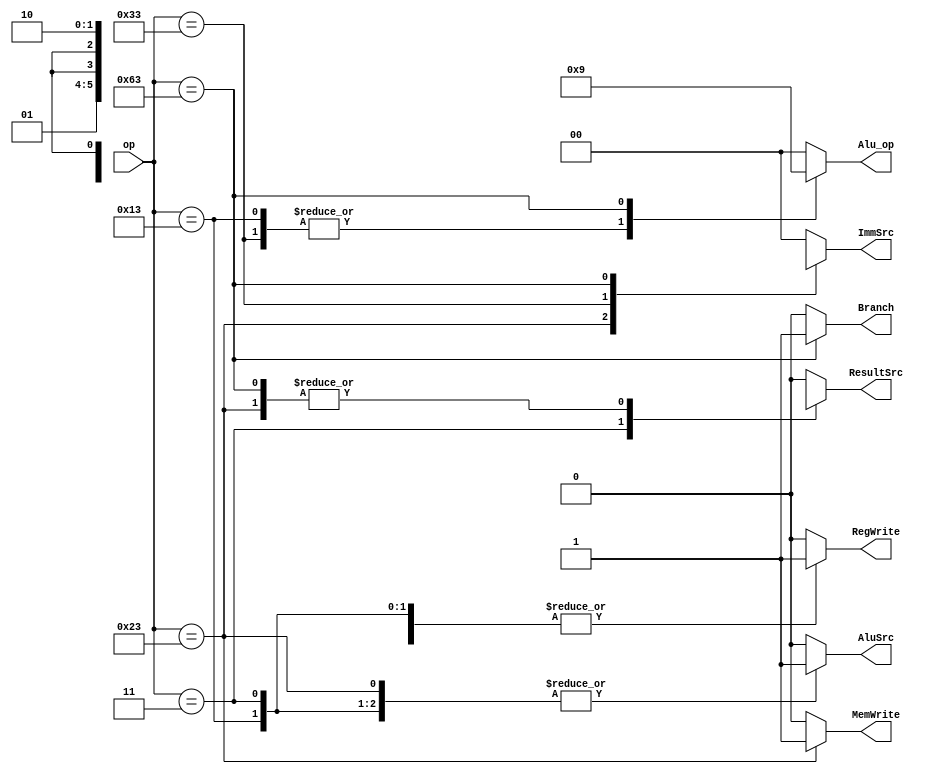


module main_decoder(
	input [6:0] op,
	output reg ResultSrc,
	output reg MemWrite,
	output reg AluSrc,
	output reg [1:0] ImmSrc,
	output reg RegWrite,
	output reg [1:0] Alu_op,
	output reg Branch
);

always@(*) begin

	case(op) 
	7'b000_0011 : begin
		      RegWrite <=1;
		      ImmSrc <= 2'b00;
		      AluSrc <= 1;
                      MemWrite <= 0;
                      ResultSrc <= 1;
		      Branch <= 0;
		      Alu_op <= 2'b00;
 	end
	7'b010_0011 : begin
		      RegWrite <=0;
		      ImmSrc <= 2'b01;
		      AluSrc <= 1;
                      MemWrite <= 1;
                      ResultSrc <= 1'bx	;
		      Branch <= 0;
		      Alu_op <= 2'b00;
 	end

	7'b011_0011 : begin
		      RegWrite <=1;
		      ImmSrc <= 2'bxx;
		      AluSrc <= 0;
                      MemWrite <= 0;
                      ResultSrc <= 0;
		      Branch <= 0;
		      Alu_op <= 2'b10;
 	end

	7'b001_0011 : begin
		      RegWrite <=1;
		      ImmSrc <= 2'b00;
		      AluSrc <= 1;
                      MemWrite <= 0;
                      ResultSrc <= 0;
		      Branch <= 0;
		      Alu_op <= 2'b10;
 	end

	7'b110_0011 : begin
		      RegWrite <=0;
		      ImmSrc <= 2'b10;
		      AluSrc <= 0;
                      MemWrite <= 0;
                      ResultSrc <= 1'bx;
		      Branch <= 1;
		      Alu_op <= 2'b01;
 	end

	default : 
		begin
		      RegWrite <=0;
		      ImmSrc <= 2'b00;
		      AluSrc <= 0;
                      MemWrite <= 0;
                      ResultSrc <= 0;
		      Branch <= 0;
		      Alu_op <= 2'b00;
	end

	endcase


end

endmodule